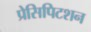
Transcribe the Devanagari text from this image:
प्रेसिपिटशन